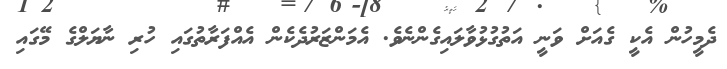
ދެމީހުން އެކީ ގެއަށް ވަނީ އަތުގުޅުވާލައިގެންނެވެ. އެމަންޒަރުދެކެން އެއްފަރާތުގައި ހުރި ނާޔަލްގެ މޭގައި